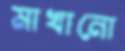
মাখানো